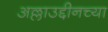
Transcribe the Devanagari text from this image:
अल्लाउद्दीनच्या